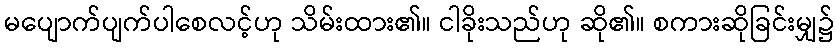
မပျောက်ပျက်ပါစေလင့်ဟု သိမ်းထား၏။ ငါခိုးသည်ဟု ဆို၏။ စကားဆိုခြင်းမျှ၌